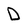
Character: D